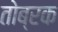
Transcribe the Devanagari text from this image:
तोब्रक